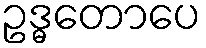
ဥဒ္ဓတောပေ